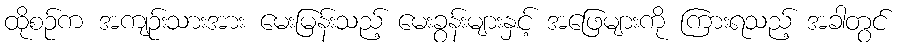
ထိုစဉ်က အကျဉ်းသားအား မေးမြန်းသည့် မေးခွန်းများနှင့် အဖြေများကို ကြားရသည့် အခါတွင်